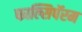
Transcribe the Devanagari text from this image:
फाल्सिपॅरम